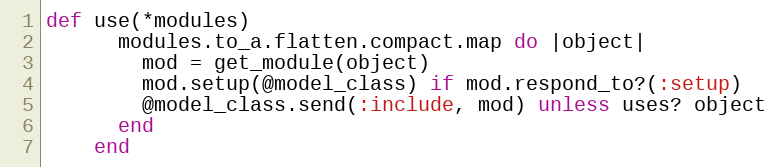
Language: Ruby
def use(*modules)
      modules.to_a.flatten.compact.map do |object|
        mod = get_module(object)
        mod.setup(@model_class) if mod.respond_to?(:setup)
        @model_class.send(:include, mod) unless uses? object
      end
    end